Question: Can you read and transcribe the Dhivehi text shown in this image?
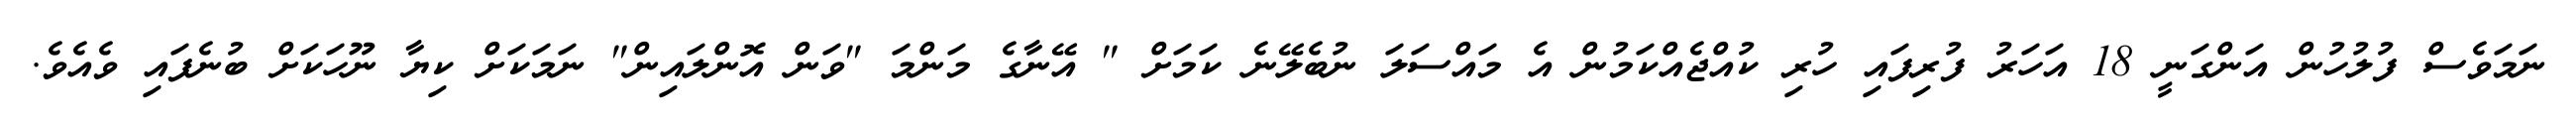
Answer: ނަމަވެސް ފުލުހުން އަންގަނީ 18 އަހަރު ފުރިފައި ހުރި ކުއްޖެއްކަމުން އެ މައްސަލަ ނުބެލޭނެ ކަމަށް " އޭނާގެ މަންމަ "ވަން އޮންލައިން" ނަމަކަށް ކިޔާ ނޫހަކަށް ބުނެފައި ވެއެވެ.